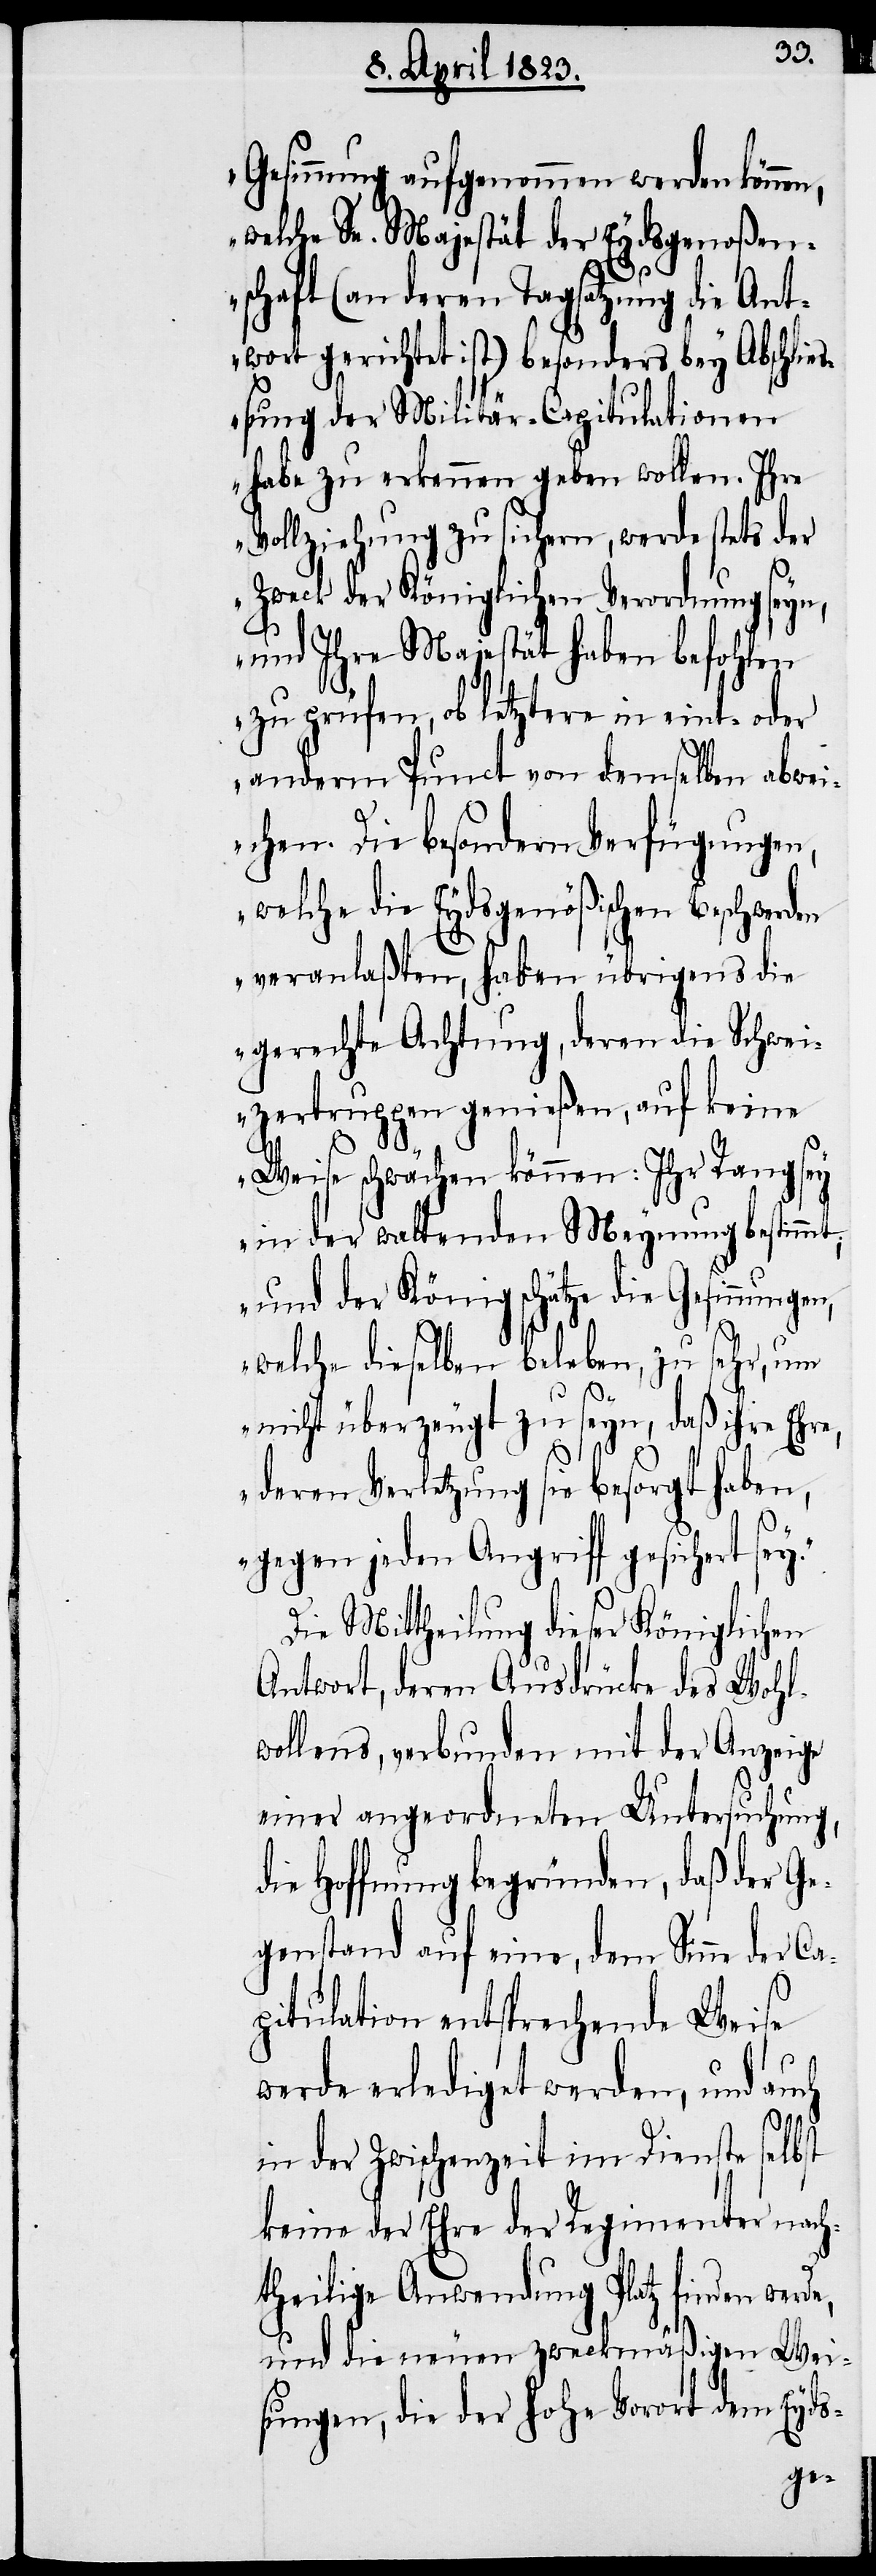
Gesinnung aufgenommen werden können,
welche Se. Majestät der Eydsgenoßen¬
y.“
schaft (an deren Tagsatzung die Ant¬
wort gerichtet ist) besonders bey Abschli¬
eßung der Militär-Capitulationen
habe zu erkennen geben wollen. Ihre
Vollziehung zu sichern, werde stets der
Zweck der Königlichen Verordnung seyn,
und Ihre Majestät haben befohlen
zu prüfen, ob letztere in eint- oder
anderm Punct von demselben abwei¬
chen. Die besondern Verfügungen,
welche die Eydsgenößischen Beschwerden
veranlaßten, haben übrigens die
gerechte Achtung, deren die Schwei¬
zertruppen genießen, auf keine
Weise schwächen können: Ihr Rang sey
in der waltenden Meynung bestimmt;
und der König schätze die Gesinnun¬
welche dieselben beleben, zu sehr, um
nicht überzeugt zu seyn, daß ihre Ehre,
deren Verletzung sie besorgt haben,
gegen jeden Angriff gesichert se¬
Die Mittheilung dieser Königlichen
Antwort, deren Ausdrücke des Wohl¬
wollens, verbunden mit der Anzeige
einer angeordneten Untersuchung,
die Hoffnung begründen, daß der Ge¬
genstand auf eine, dem Sinne der Ca¬
pitulation entsprechende Weise
werde erlediget werden, und auch
in der Zwischenzeit im Dienste selbst
keine der Ehre der Regimenter nach¬
theilige Anwendung Platz finden werde,
und die neuen zweckmäßigen Wei¬
sungen, die der hohe Vorort dem Eyds-
gen,